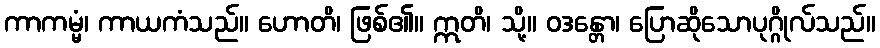
ကာကမ္မံ၊ ကာယကံသည်။ ဟောတိ၊ ဖြစ်၏။ ဣတိ၊ သို့။ ဝဒန္တော၊ ပြောဆိုသောပုဂ္ဂိုလ်သည်။